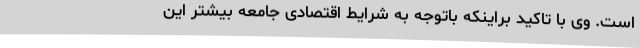
است. وی با تاکید براینکه باتوجه به شرایط اقتصادی جامعه بیشتر این